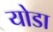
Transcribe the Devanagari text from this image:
योडा